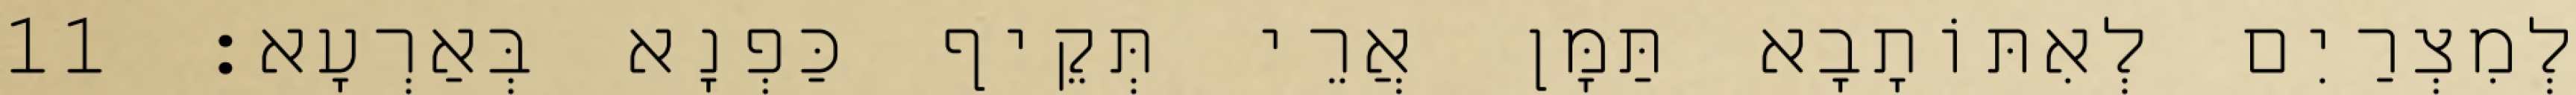
לְמִצְרַיִם לְאִתּוֹתָבָא תַּמָּן אֲרֵי תְּקֵיף כַּפְנָא בְּאַרְעָא׃ 11